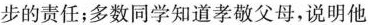
步的责任；多数同学知道孝敬父母，说明他